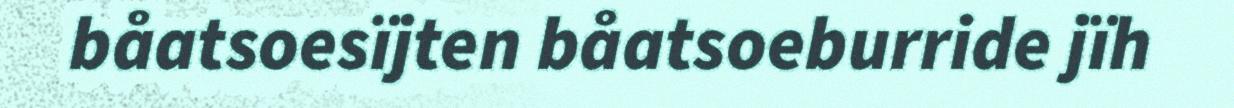
båatsoesïjten båatsoeburride jïh